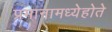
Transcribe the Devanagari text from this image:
प्रमानामध्येहोते